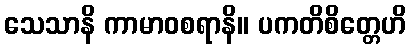
သေသာနိ ကာမာဝစရာနိ။ ပကတိစိတ္တေဟိ